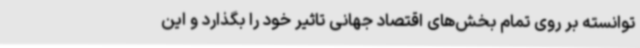
توانسته بر روی تمام بخش‌های اقتصاد جهانی تاثیر خود را بگذارد و این